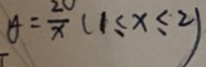
y = \frac { 2 0 } { x } ( 1 \leq x \leq 2 )